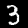
Digit: 3